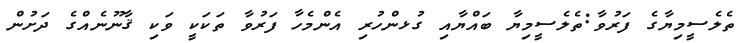
ތެލެސީމިޔާގެ ފަރުވާ:ތެލެސީމިޔާ ބައްޔާއި ގުޅންހުރި އެންމެހާ ފަރުވާ ތަކަކީ ވަކި ޤާނޫނެއްގެ ދަށުން